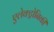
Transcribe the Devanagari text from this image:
एलेक्ट्रोनिकी